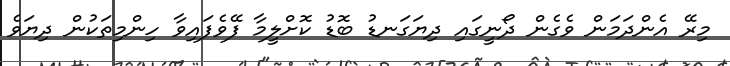
މިރޭ އެންދަމަން ވެގެން ދޯނީގައި ދިޔަގަނޑު ބޮޑު ކޮށްލީމާ ފޭވެފައިވާ ހިންމިތަކުން ދިޔަވެ